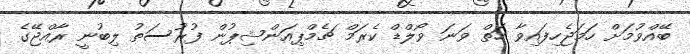
ބޭއްވުމަށް ހަމަޖެހިފައިވާ ހަތް ވަނަ ވޯލްޑް ކެރަމް ޗެމްޕިއަންޝިޕުން ފުރުސަތު ލިބުނީ ރާއްޖޭގެ